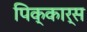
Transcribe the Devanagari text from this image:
पिक्कार्स